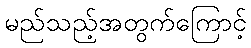
မည်သည့်အတွက်ကြောင့်